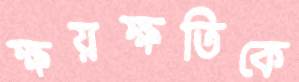
ক্ষয়ক্ষতিকে